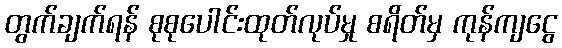
တွက်ချက်ရန် စုစုပေါင်းထုတ်လုပ်မှု စရိတ်မှ ကုန်ကျငွေ